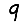
Digit: 9